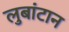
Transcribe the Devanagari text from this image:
लुबांटान